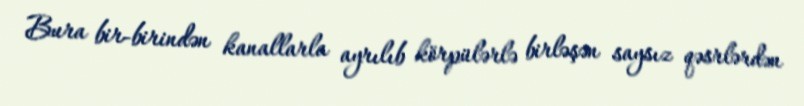
Bura bir-birindən kanallarla ayrılıb körpülərlə birləşən saysız qəsrlərdən